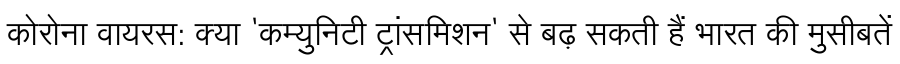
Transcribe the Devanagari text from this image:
कोरोना वायरस: क्या 'कम्युनिटी ट्रांसमिशन' से बढ़ सकती हैं भारत की मुसीबतें